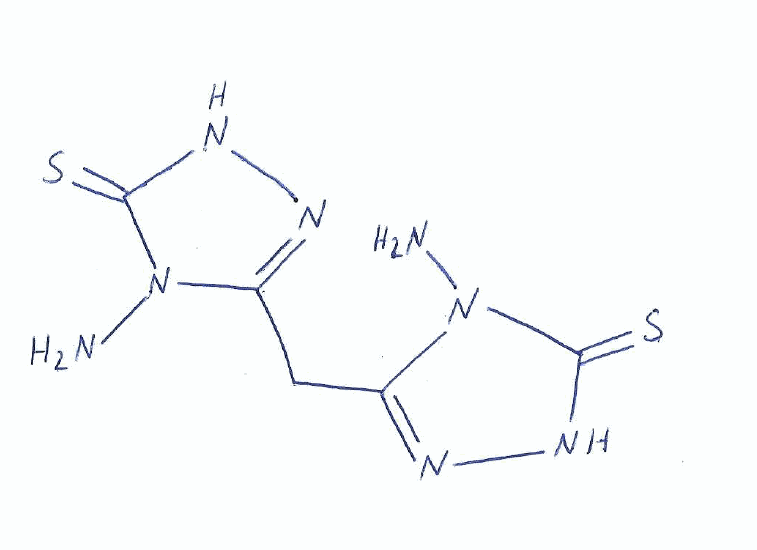
Simplified molecular-input line-entry system (SMILES) notation of the given molecule:
C(C1=NNC(=S)N1N)C2=NNC(=S)N2N